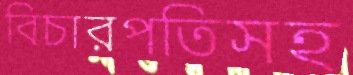
বিচারপতিসহ